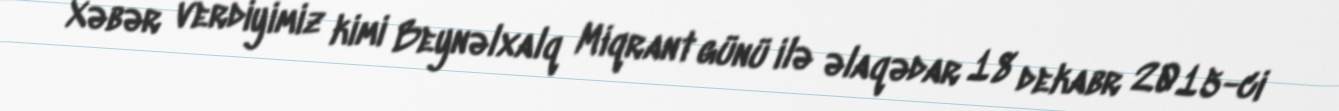
Xəbər verdiyimiz kimi Beynəlxalq Miqrant günü ilə əlaqədar 18 dekabr 2015-ci